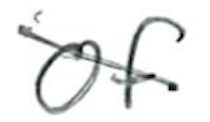
Text: of
Cross-out: diagonal
Writing tool: ballpoint